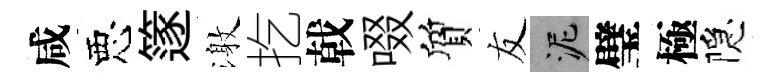
咸惡篴激扢戟啜質友泥璧極隠